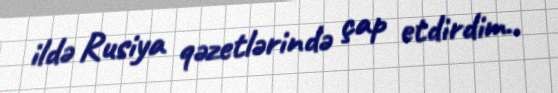
ildə Rusiya qəzetlərində çap etdirdim..